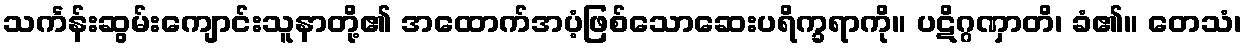
သင်္ကန်းဆွမ်းကျောင်းသူနာတို့၏ အထောက်အပံ့ဖြစ်သောဆေးပရိက္ခရာကို။ ပဋိဂ္ဂဏှာတိ၊ ခံ၏။ တေသံ၊